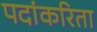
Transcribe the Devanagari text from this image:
पदांकरिता